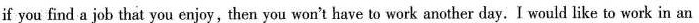
if you find a job that you enjoy, then you won't have to work another day. I would like to work in an